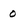
Character: 0